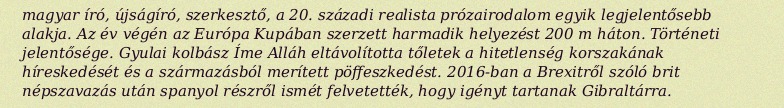
magyar író, újságíró, szerkesztő, a 20. századi realista prózairodalom egyik legjelentősebb alakja. Az év végén az Európa Kupában szerzett harmadik helyezést 200 m háton. Történeti jelentősége. Gyulai kolbász Íme Alláh eltávolította tőletek a hitetlenség korszakának híreskedését és a származásból merített pöffeszkedést. 2016-ban a Brexitről szóló brit népszavazás után spanyol részről ismét felvetették, hogy igényt tartanak Gibraltárra.